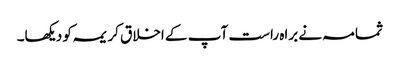
ثمامہ نے براہ راست آپ کے اخلاق کریمہ کو دیکھا۔